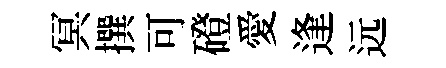
冥撰可磴愛逢远